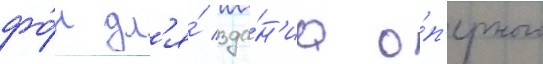
фо́н дл'я́ зда́н'иа о́п'ерного